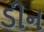
ડીન